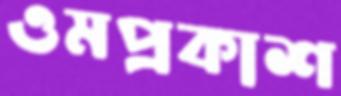
ওমপ্রকাশ